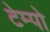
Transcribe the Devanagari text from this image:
टेम्‍पो